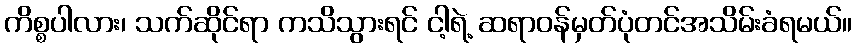
ကိစ္စပါလား၊ သက်ဆိုင်ရာ ကသိသွားရင် ငါ့ရဲ့ ဆရာဝန်မှတ်ပုံတင်အသိမ်းခံရမယ်။